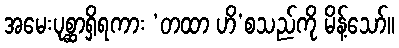
အမေးပုစ္ဆာရှိရကား ‘တထာ ဟိ’စသည်ကို မိန့်သော်။